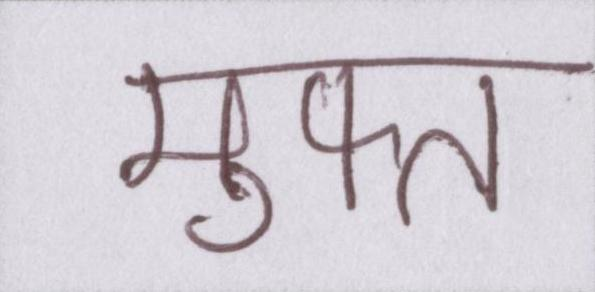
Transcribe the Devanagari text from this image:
मुफ्त